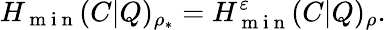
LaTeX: H_{\mathrm{~m~i~n~}}(C|Q)_{\rho_{\ast}}=H_{\mathrm{~m~i~n~}}^{\varepsilon}(C|Q)_{\rho}.